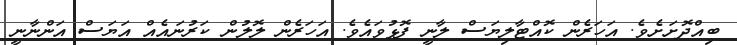
ބިއްދޮށަށެވެ. އަހަރެން ކޮއްޓާލިޔަސް ލާނީ ފޮޅުވައެވެ. އަހަރެން ލޮލުން ކަރުނައެއް އަޔަސް އަންނާނީ